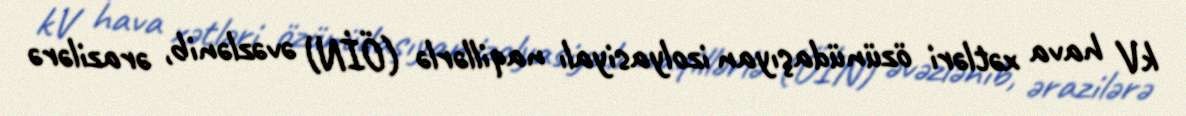
kV hava xətləri özünüdaşıyan izolyasiyalı naqillərlə (ÖİN) əvəzlənib, ərazilərə